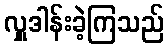
လှူဒါန်းခဲ့ကြသည်